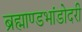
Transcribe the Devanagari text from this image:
ब्रह्माण्डभांडोदरी